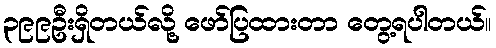
၃၉၉ဦးရှိတယ်လို့ ဖော်ပြထားတာ တွေ့ရပါတယ်။